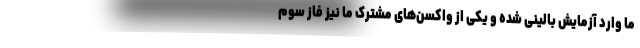
ما وارد آزمایش بالینی شده و یکی از واکسن‌های مشترک ما نیز فاز سوم